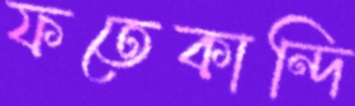
ফতেকান্দি